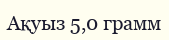
Ақуыз 5,0 грамм